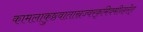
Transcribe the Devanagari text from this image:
कामलाकुष्ठवातास्रज्वरकृमिवमीन्हरेत्